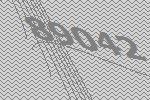
89042